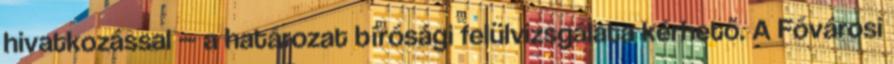
hivatkozással — a határozat bírósági felülvizsgálata kérhető. A Fővárosi